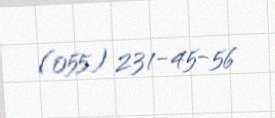
(055) 231-45-56